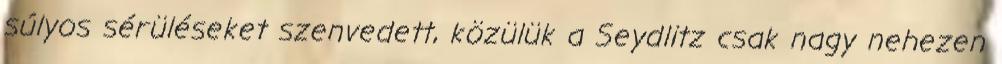
súlyos sérüléseket szenvedett, közülük a Seydlitz csak nagy nehezen